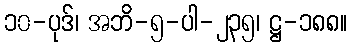
၁၀-ပုဒ်၊ အဘိ-၅-ပါ-၂၃၅၊ ဋ္ဌ-၁၈၈။